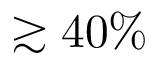
\gtrsim 4 0 \%